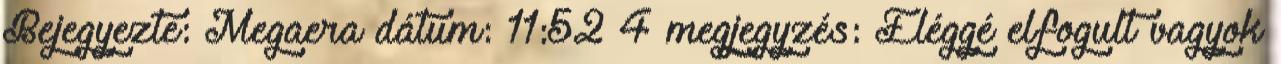
Bejegyezte: Megaera dátum: 11:52 4 megjegyzés: Eléggé elfogult vagyok